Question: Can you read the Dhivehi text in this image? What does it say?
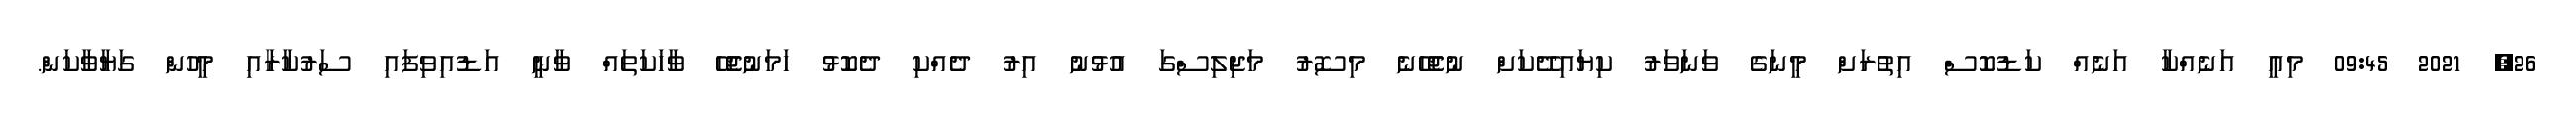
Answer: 26, 2021 09:45 މިއީ އަނެއްކާ އަނެއް ކަޑުކޮސް އިތުރަށް މީނަގެ ވަނަވަރު ކިޔައިދޭކަށް ނުޖެހޭނެ މިސޮރު މަޖިލިސްގަ އުޅުނު އިރު ދެއްކި ދެކޮޅު ހަމަނުޖެހޭ ވާހަކަތައް ވާނީ އަޑުއިވިފައި ސަރުކާރާއި މީހުން ގަޔާވާކަން.